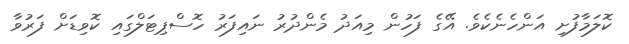
ކޮލަމާފުށި އަންހެނެކެވެ. އޭގެ ފަހުން މިއަދު މެންދުރު ނައިފަރު ހޮސްޕިޓަލްގައި ކޮވިޑަށް ފަރުވާ